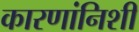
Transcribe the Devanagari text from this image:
कारणांनिशी